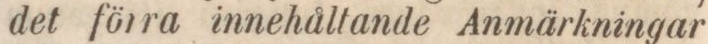
det förra innehåltande Anmärkningar